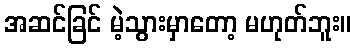
အဆင်ခြင် မဲ့သွားမှာတော့ မဟုတ်ဘူး။